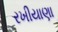
રખીયાણા